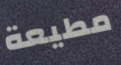
مطيعة